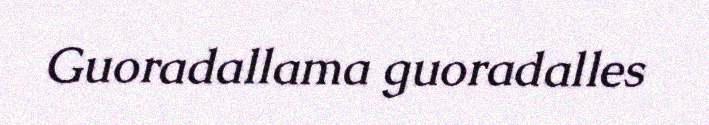
Guoradallama guoradalles